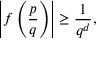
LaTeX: \left| f \left( { \frac { p } { q } } \right) \right| \geq { \frac { 1 } { q ^ { d } } } ,